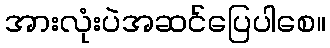
အားလုံးပဲအဆင်ပြေပါစေ။